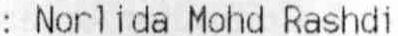
: NORLIDA MOHD RASHDI